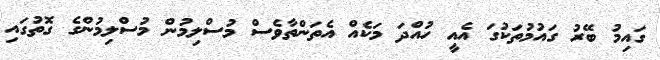
ގައިމު ބޭރު ގައުމުތަކުގަ އެއީ ހުއްދަ މަކެއް އެތަންތާވެސް މުސްލިމުން މުސްލިމުންގެ ގޮތުގައި